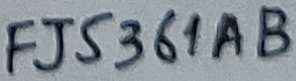
Text: FJ5361AB